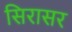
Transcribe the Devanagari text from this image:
सिरासर